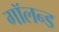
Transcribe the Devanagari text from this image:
गॉलन्ड